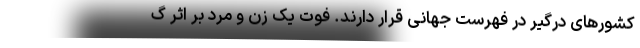
کشورهای درگیر در فهرست جهانی قرار دارند. فوت یک زن و مرد بر اثر گ